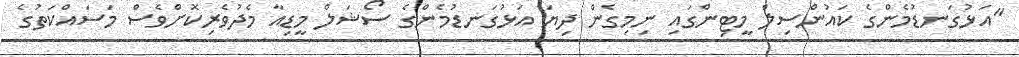
"އަޅުގަނޑުމެންގެ ކައުންސިލް މީޓިންގައި ނިމިގެން ދިޔަ އަޅުގަނޑުމެންގެ ސޯޝަލް މީޑިއާ މެދުވެރިކޮށްވެސް މަސައްކަތުގެ